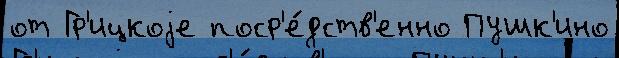
от Гр'ицкоjе поср'е́дств'енно Пушк'ино